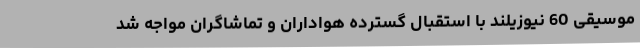
موسیقی 60 نیوزیلند با استقبال گسترده هواداران و تماشاگران مواجه شد